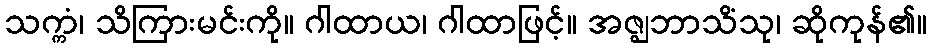
သက္ကံ၊ သိကြားမင်းကို။ ဂါထာယ၊ ဂါထာဖြင့်။ အဇ္ဈဘာသိံသု၊ ဆိုကုန်၏။